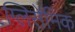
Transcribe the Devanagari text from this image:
ग्लिसेमिक